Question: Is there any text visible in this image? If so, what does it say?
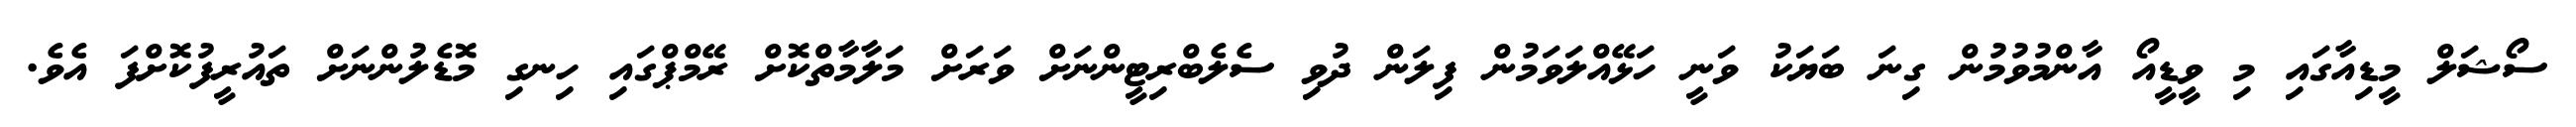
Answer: ސޯޝަލް މީޑިއާގައި މި ވީޑީއޯ އާންމުވުމުން ގިނަ ބަޔަކު ވަނީ ހަޅޭއްލަވަމުން ފިލަން ދުވި ސެލެބްރިޓީންނަށް ވަރަށް މަލާމާތްކޮށް ރޭމްޕްގައި ހިނގި މޮޑެލުންނަށް ތައުރީފުކޮށްފަ އެވެ.